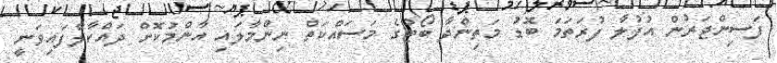
ފަސިންޖަރުން އުފުލާ ފުރަތަމަ ބޮޑު މަތިންދާ ބޯޓުގެ މަސައްކަތް ނިންމާލައި އާންމުކޮށް ދައްކާލާފައިވަނީ